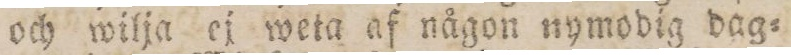
och wilja ej weta af någon nymodig dag=